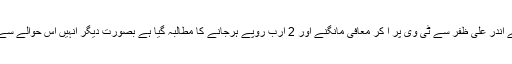
میشا شفیع کی قانونی ٹیم نے 15 روز کے اندر علی ظفر سے ٹی وی پر آ کر معافی مانگنے اور 2 ارب روپے ہرجانے کا مطالبہ گیا ہے بصورت دیگر انہیں اس حوالے سے قانونی کارروائی کا سامنا کرنا پڑے گا۔